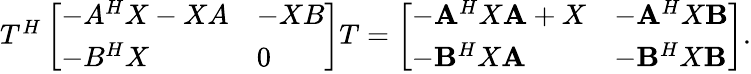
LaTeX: \begin{array}{r}{T^{H}\left[\begin{array}{ll}{-A^{H}X-XA}&{-XB}\\ {-B^{H}X}&{0}\end{array}\right]T=\left[\begin{array}{ll}{-\mathbf{A}^{H}X\mathbf{A}+X}&{-\mathbf{A}^{H}X\mathbf{B}}\\ {-\mathbf{B}^{H}X\mathbf{A}}&{-\mathbf{B}^{H}X\mathbf{B}}\end{array}\right].}\end{array}